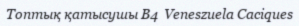
Топтық қатысушы B4  Veneszuela Caciques